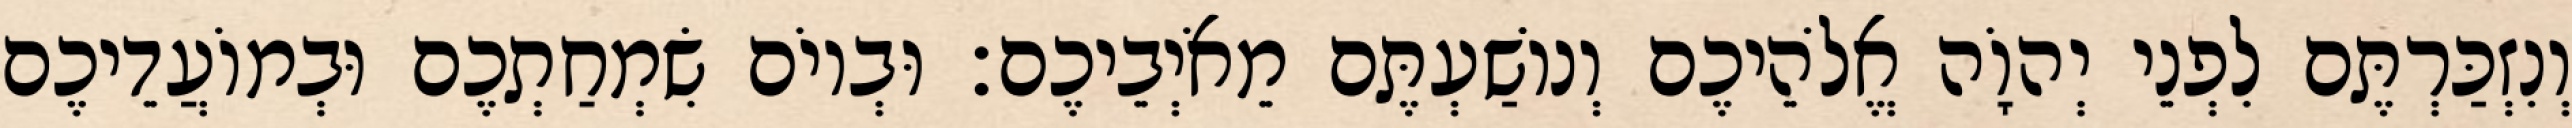
וְנִזְכַּרְתֶּם לִפְנֵי יְהוָֹה אֱלֹהֵיכֶם וְנוֹשַׁעְתֶּם מֵאֹיְבֵיכֶם׃ וּבְיוֹם שִׂמְחַתְכֶם וּבְמוֹעֲדֵיכֶם